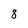
Character: 8